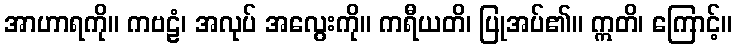
အာဟာရကို။ ကဗဠံ၊ အလုပ် အလွေးကို။ ကရီယတိ၊ ပြုအပ်၏။ ဣတိ၊ ကြောင့်။